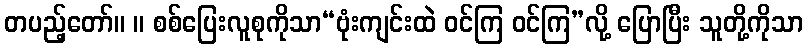
တပည့်တော်။ ။ စစ်ပြေးလူစုကိုသာ“ဗုံးကျင်းထဲ ဝင်ကြ ဝင်ကြ”လို့ ပြောပြီး သူတို့ကိုသာ